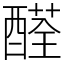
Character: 醛